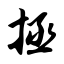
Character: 拯